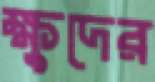
ক্ষুদের